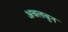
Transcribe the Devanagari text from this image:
अवलबुन